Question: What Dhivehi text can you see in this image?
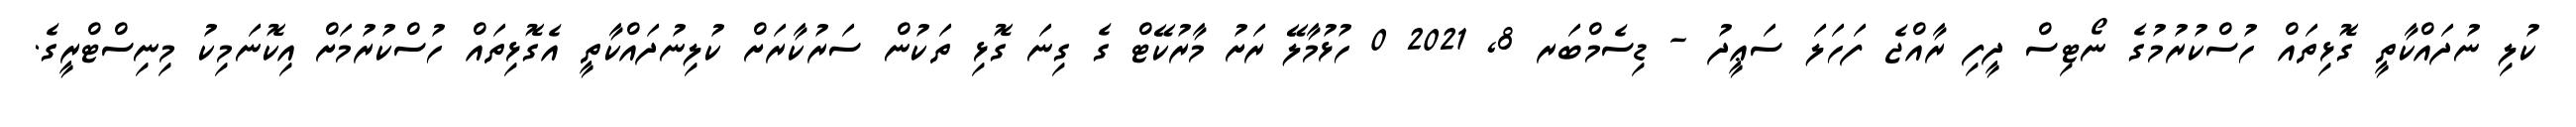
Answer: ކުލި ނުދައްކާތީ ގޮޅިތައް ހުސްކުރުމުގެ ނޯޓިސް ދީފި ރާއްޖެ ފަހަލަ ސަޢީދު - ޑިސެމްބަރ 8, 2021 0 ހުޅުމާލޭ ރަށު މާރުކޭޓް ގެ ގިނަ ގޮޅި ތަކުން ސަރުކާރަށް ކުލިނުދައްކާތީ އެގޮޅިތައް ހުސްކުރުމަށް އިކޮނަމިކު މިނިސްޓްރީގެ.